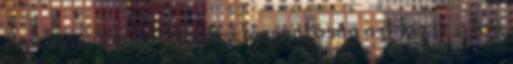
A polgári légi közlekedési igazgatóság azt kérte a légi